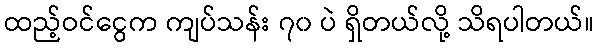
ထည့်ဝင်ငွေက ကျပ်သန်း ၇၀ ပဲ ရှိတယ်လို့ သိရပါတယ်။